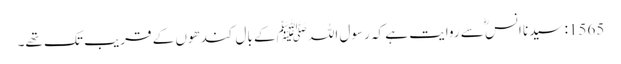
1565: سیدنا انسؓ سے روایت ہے کہ رسول اللہﷺ کے بال کندھوں کے قریب تک تھے۔